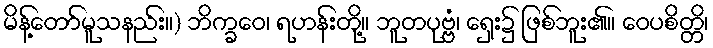
မိန့်တော်မူသနည်း။) ဘိက္ခဝေ၊ ရဟန်းတို့။ ဘူတပုဗ္ဗံ၊ ရှေး၌ ဖြစ်ဘူး၏။ ဝေပစိတ္တိ၊